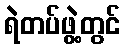
ရဲတပ်ဖွဲ့တွင်